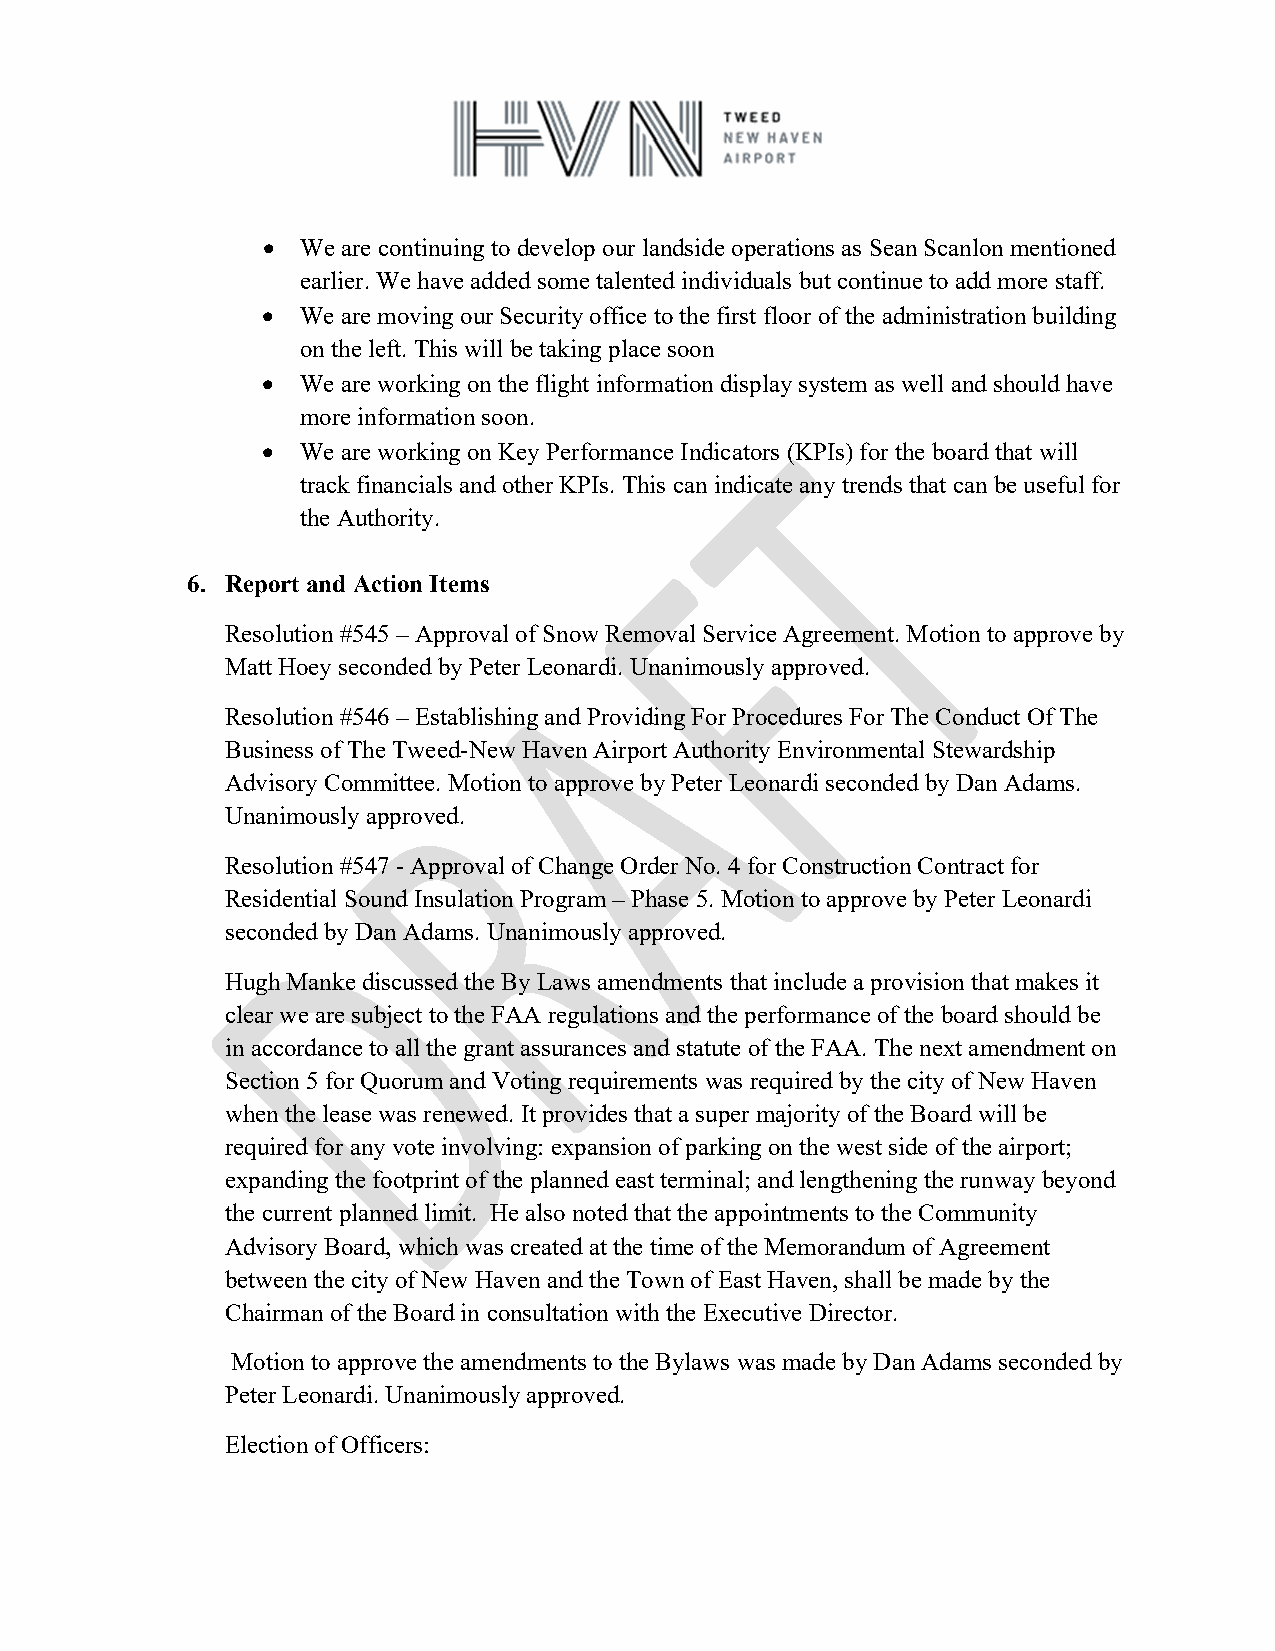
•  We are continuing to develop our landside operations as Sean Scanlon mentioned
 earlier. We have added some talented individuals but continue to add more staff.
 •  We are moving our Security office to the first floor of the administration building
 on the left. This will be taking place soon
 •  We are working on the flight information display system as well and should have
 more information soon.
 •  We are working on Key Performance Indicators (KPIs) for the board that will
 track financials and other KPIs. This can indicate any trends that can be useful for
 the Authority.
 6. Report and Action Items
 Resolution #545 – Approval of Snow Removal Service Agreement. Motion to approve by
 Matt Hoey seconded by Peter Leonardi. Unanimously approved.
 Resolution #546 – Establishing and Providing For Procedures For The Conduct Of The
 Business of The Tweed-New Haven Airport Authority Environmental Stewardship
 Advisory Committee. Motion to approve by Peter Leonardi seconded by Dan Adams.
 Unanimously approved.
 Resolution #547 - Approval of Change Order No. 4 for Construction Contract for
 Residential Sound Insulation Program – Phase 5. Motion to approve by Peter Leonardi
 seconded by Dan Adams. Unanimously approved.
 Hugh Manke discussed the By Laws amendments that include a provision that makes it
 clear we are subject to the FAA regulations and the performance of the board should be
 in accordance to all the grant assurances and statute of the FAA. The next amendment on
 Section 5 for Quorum and Voting requirements was required by the city of New Haven
 when the lease was renewed. It provides that a super majority of the Board will be
 required for any vote involving: expansion of parking on the west side of the airport;
 expanding the footprint of the planned east terminal; and lengthening the runway beyond
 the current planned limit. He also noted that the appointments to the Community
 Advisory Board, which was created at the time of the Memorandum of Agreement
 between the city of New Haven and the Town of East Haven, shall be made by the
 Chairman of the Board in consultation with the Executive Director.
 Motion to approve the amendments to the Bylaws was made by Dan Adams seconded by
 Peter Leonardi. Unanimously approved.
 Election of Officers: